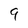
Character: 9